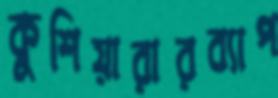
কুশিয়ারারব্যাপ